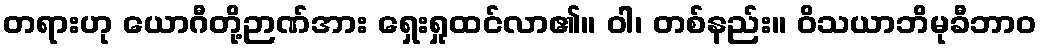
တရားဟု ယောဂီတို့ဉာဏ်အား ရှေးရှုထင်လာ၏။ ဝါ၊ တစ်နည်း။ ဝိသယာဘိမုခီဘာဝ